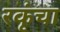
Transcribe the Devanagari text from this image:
रकृंचा